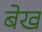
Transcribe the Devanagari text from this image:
बेख